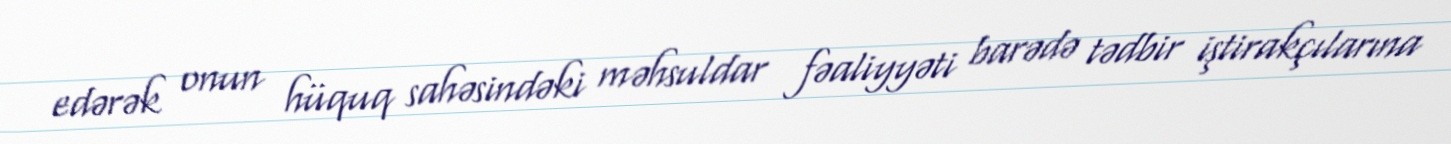
edərək onun hüquq sahəsindəki məhsuldar fəaliyyəti barədə tədbir iştirakçılarına